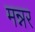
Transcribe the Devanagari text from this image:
मन्नर